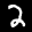
Label: 2